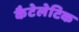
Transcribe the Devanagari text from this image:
कैटेलेटिक